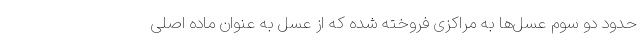
حدود دو سوم عسل‌ها به مراکزی فروخته شده که از عسل به عنوان ماده اصلی